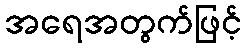
အရေအတွက်ဖြင့်